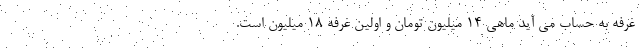
غرفه به حساب می آید ماهی ۱۴ میلیون تومان و اولین غرفه ۱۸ میلیون است.